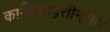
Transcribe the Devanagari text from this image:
काशिकावृत्तीनुसार